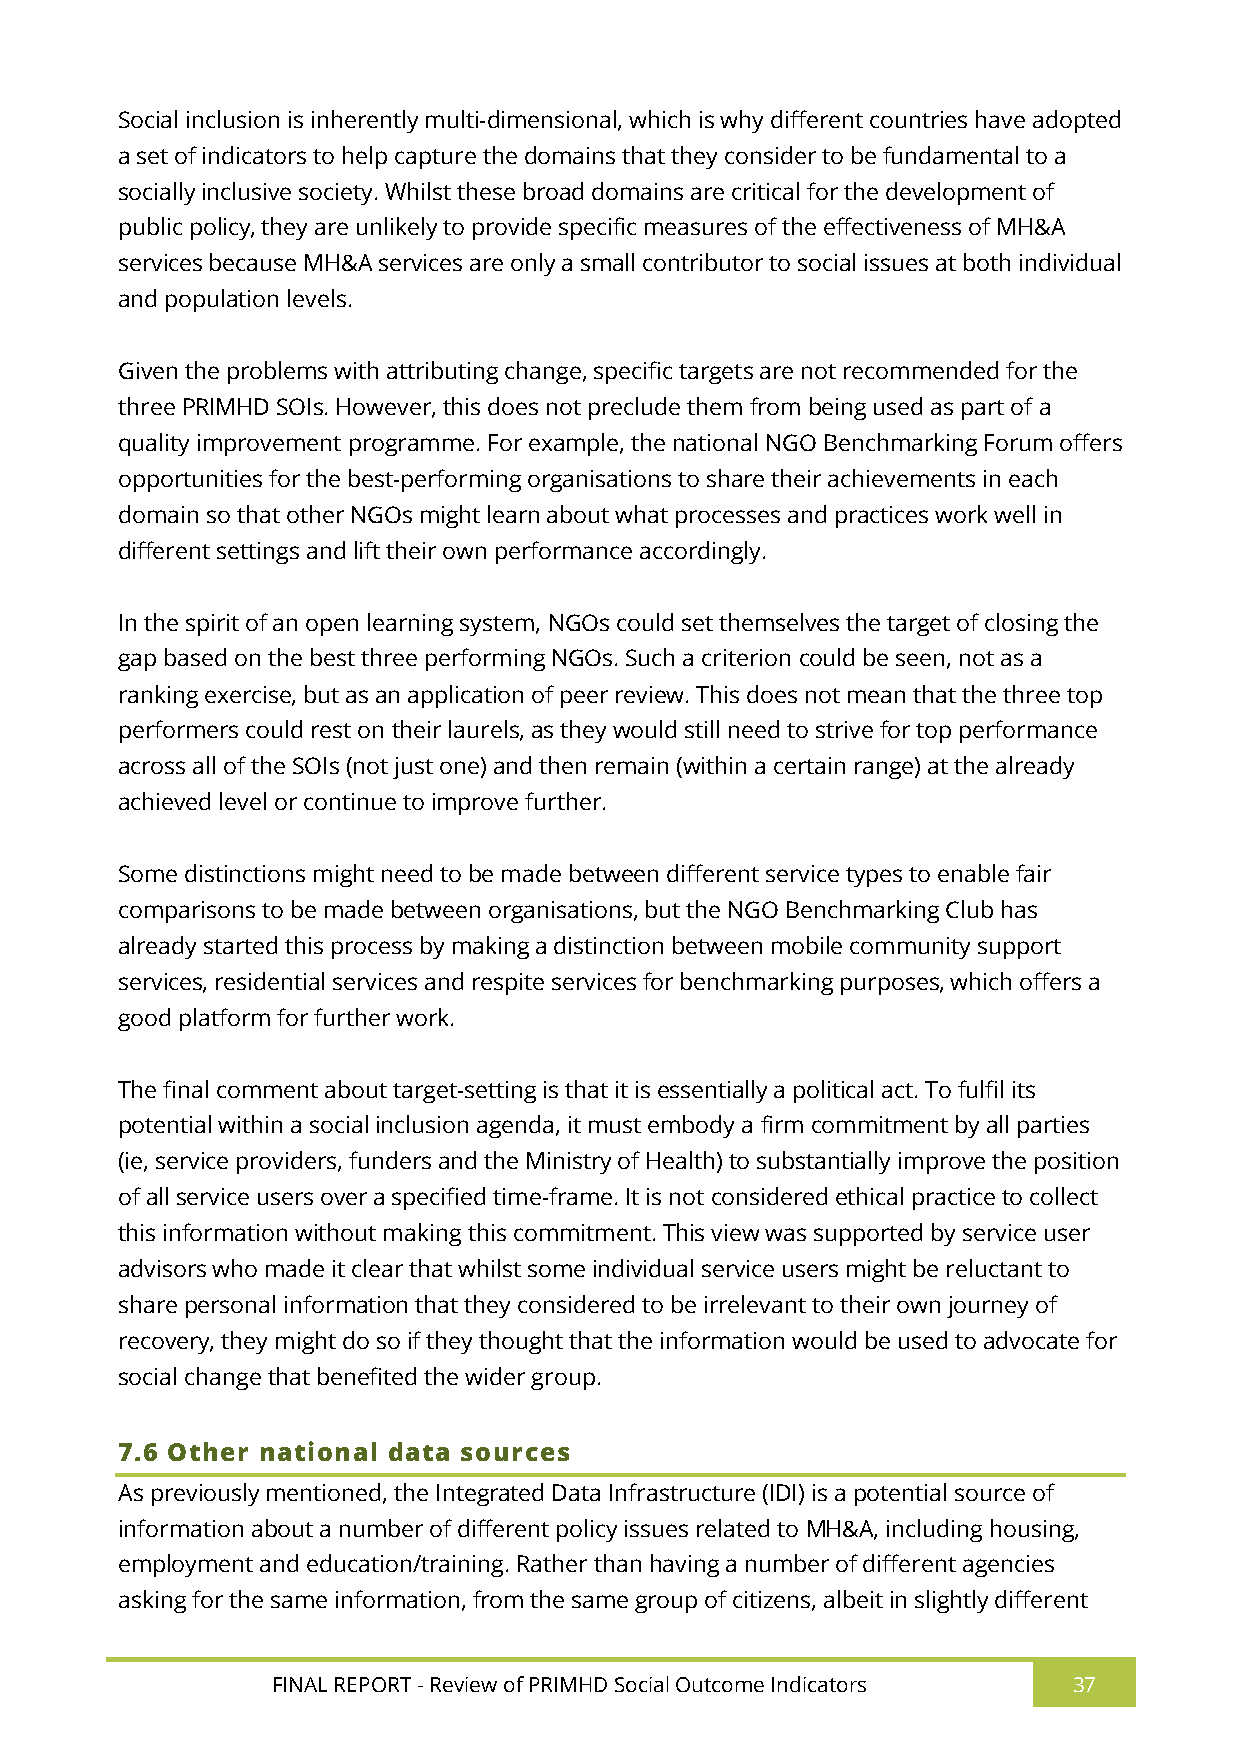
Social inclusion is inherently multi-dimensional, which is why different countries have adopted
 a set of indicators to help capture the domains that they consider to be fundamental to a
 socially inclusive society. Whilst these broad domains are critical for the development of
 public policy, they are unlikely to provide specific measures of the effectiveness of MH&A
 services because MH&A services are only a small contributor to social issues at both individual
 and population levels.
 Given the problems with attributing change, specific targets are not recommended for the
 three PRIMHD SOIs. However, this does not preclude them from being used as part of a
 quality improvement programme. For example, the national NGO Benchmarking Forum offers
 opportunities for the best-performing organisations to share their achievements in each
 domain so that other NGOs might learn about what processes and practices work well in
 different settings and lift their own performance accordingly.
 In the spirit of an open learning system, NGOs could set themselves the target of closing the
 gap based on the best three performing NGOs. Such a criterion could be seen, not as a
 ranking exercise, but as an application of peer review. This does not mean that the three top
 performers could rest on their laurels, as they would still need to strive for top performance
 across all of the SOIs (not just one) and then remain (within a certain range) at the already
 achieved level or continue to improve further.
 Some distinctions might need to be made between different service types to enable fair
 comparisons to be made between organisations, but the NGO Benchmarking Club has
 already started this process by making a distinction between mobile community support
 services, residential services and respite services for benchmarking purposes, which offers a
 good platform for further work.
 The final comment about target-setting is that it is essentially a political act. To fulfil its
 potential within a social inclusion agenda, it must embody a firm commitment by all parties
 (ie, service providers, funders and the Ministry of Health) to substantially improve the position
 of all service users over a specified time-frame. It is not considered ethical practice to collect
 this information without making this commitment. This view was supported by service user
 advisors who made it clear that whilst some individual service users might be reluctant to
 share personal information that they considered to be irrelevant to their own journey of
 recovery, they might do so if they thought that the information would be used to advocate for
 social change that benefited the wider group.
 7.6 Other national data sources
 As previously mentioned, the Integrated Data Infrastructure (IDI) is a potential source of
 information about a number of different policy issues related to MH&A, including housing,
 employment and education/training. Rather than having a number of different agencies
 asking for the same information, from the same group of citizens, albeit in slightly different
 FINAL REPORT - Review of PRIMHD Social Outcome Indicators 37